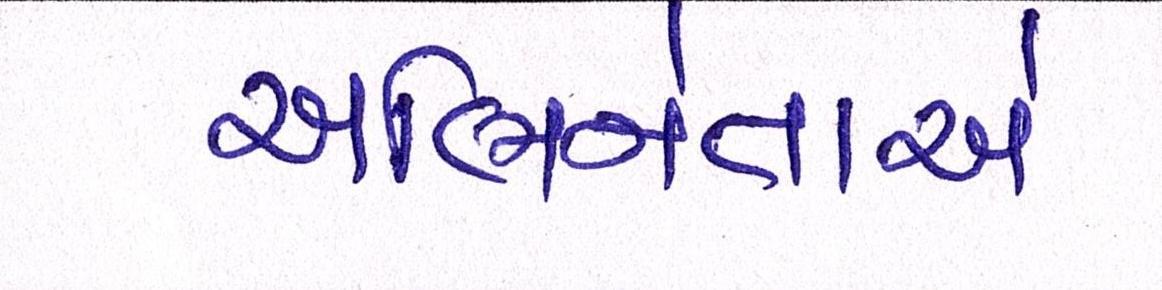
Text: અભિનેતાએ